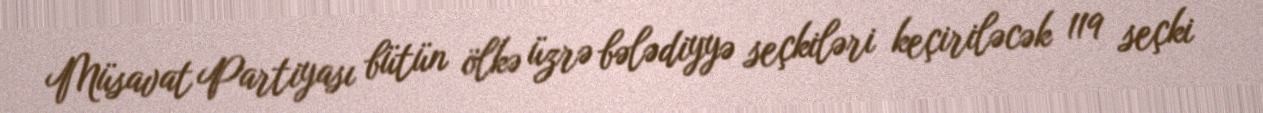
Müsavat Partiyası bütün ölkə üzrə bələdiyyə seçkiləri keçiriləcək 119 seçki